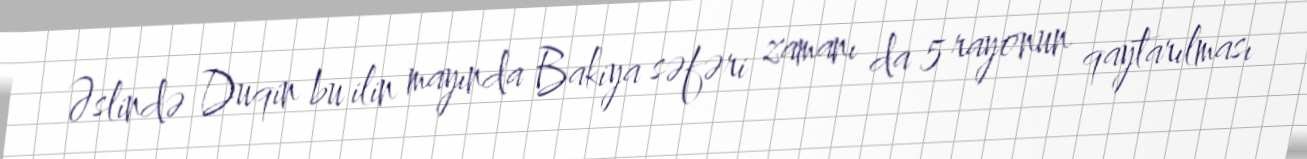
Əslində Duqin bu ilin mayında Bakiya səfəri zamanı da 5 rayonun qaytarılması